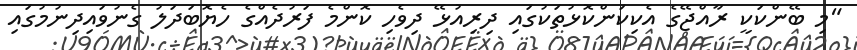
"މި ބޭންކަކީ ރާއްޖޭގެ އެކިކަންކޮޅުތަކުގައި ދިރިއުޅޭ ދިވެހި ކޮންމެ ފަރުދެއްގެ ހެޔޮބަދަލު ގެނުވައިދިނުމުގައި